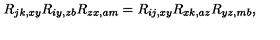
R _ { j k , x y } R _ { i y , z b } R _ { z x , a m } = R _ { i j , x y } R _ { x k , a z } R _ { y z , m b } ,